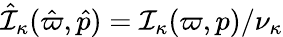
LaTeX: \hat{{\cal I}}_{\kappa}(\hat{\varpi},\hat{p})={\cal I}_{\kappa}(\varpi,p)/\nu_{\kappa}